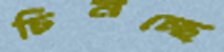
চিনচ্ছে